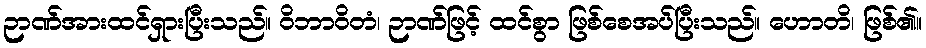
ဉာဏ်အားထင်ရှားပြီးသည်။ ဝိဘာဝိတံ၊ ဉာဏ်ဖြင့် ထင်စွာ ဖြစ်စေအပ်ပြီးသည်။ ဟောတိ၊ ဖြစ်၏။